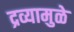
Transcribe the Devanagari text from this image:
द्रव्यामुळे